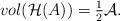
LaTeX: \begin{align*}vol(\mathcal{H}(A)) = \tfrac{1}{2}\mathcal{A}.\end{align*}